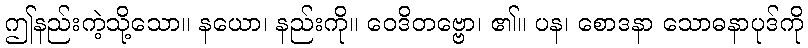
ဤနည်းကဲ့သို့သော။ နယော၊ နည်းကို။ ဝေဒိတဗ္ဗော၊ ၏။ ပန၊ စောဒနာ သောဓနာပုဒ်ကို